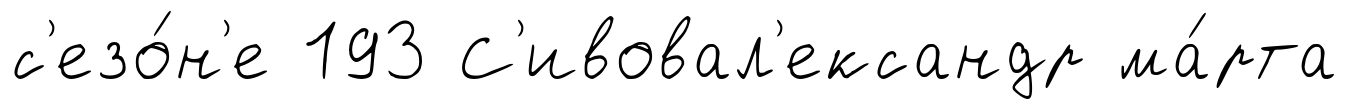
с'езо́н'е 193 С'ивовал'ександр ма́рта